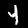
Digit: 4